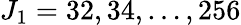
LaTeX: J_{1}=32,34,\dots,256